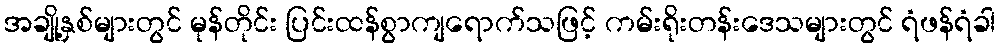
အချို့နှစ်များတွင် မုန်တိုင်း ပြင်းထန်စွာကျရောက်သဖြင့် ကမ်းရိုးတန်းဒေသများတွင် ရံဖန်ရံခါ